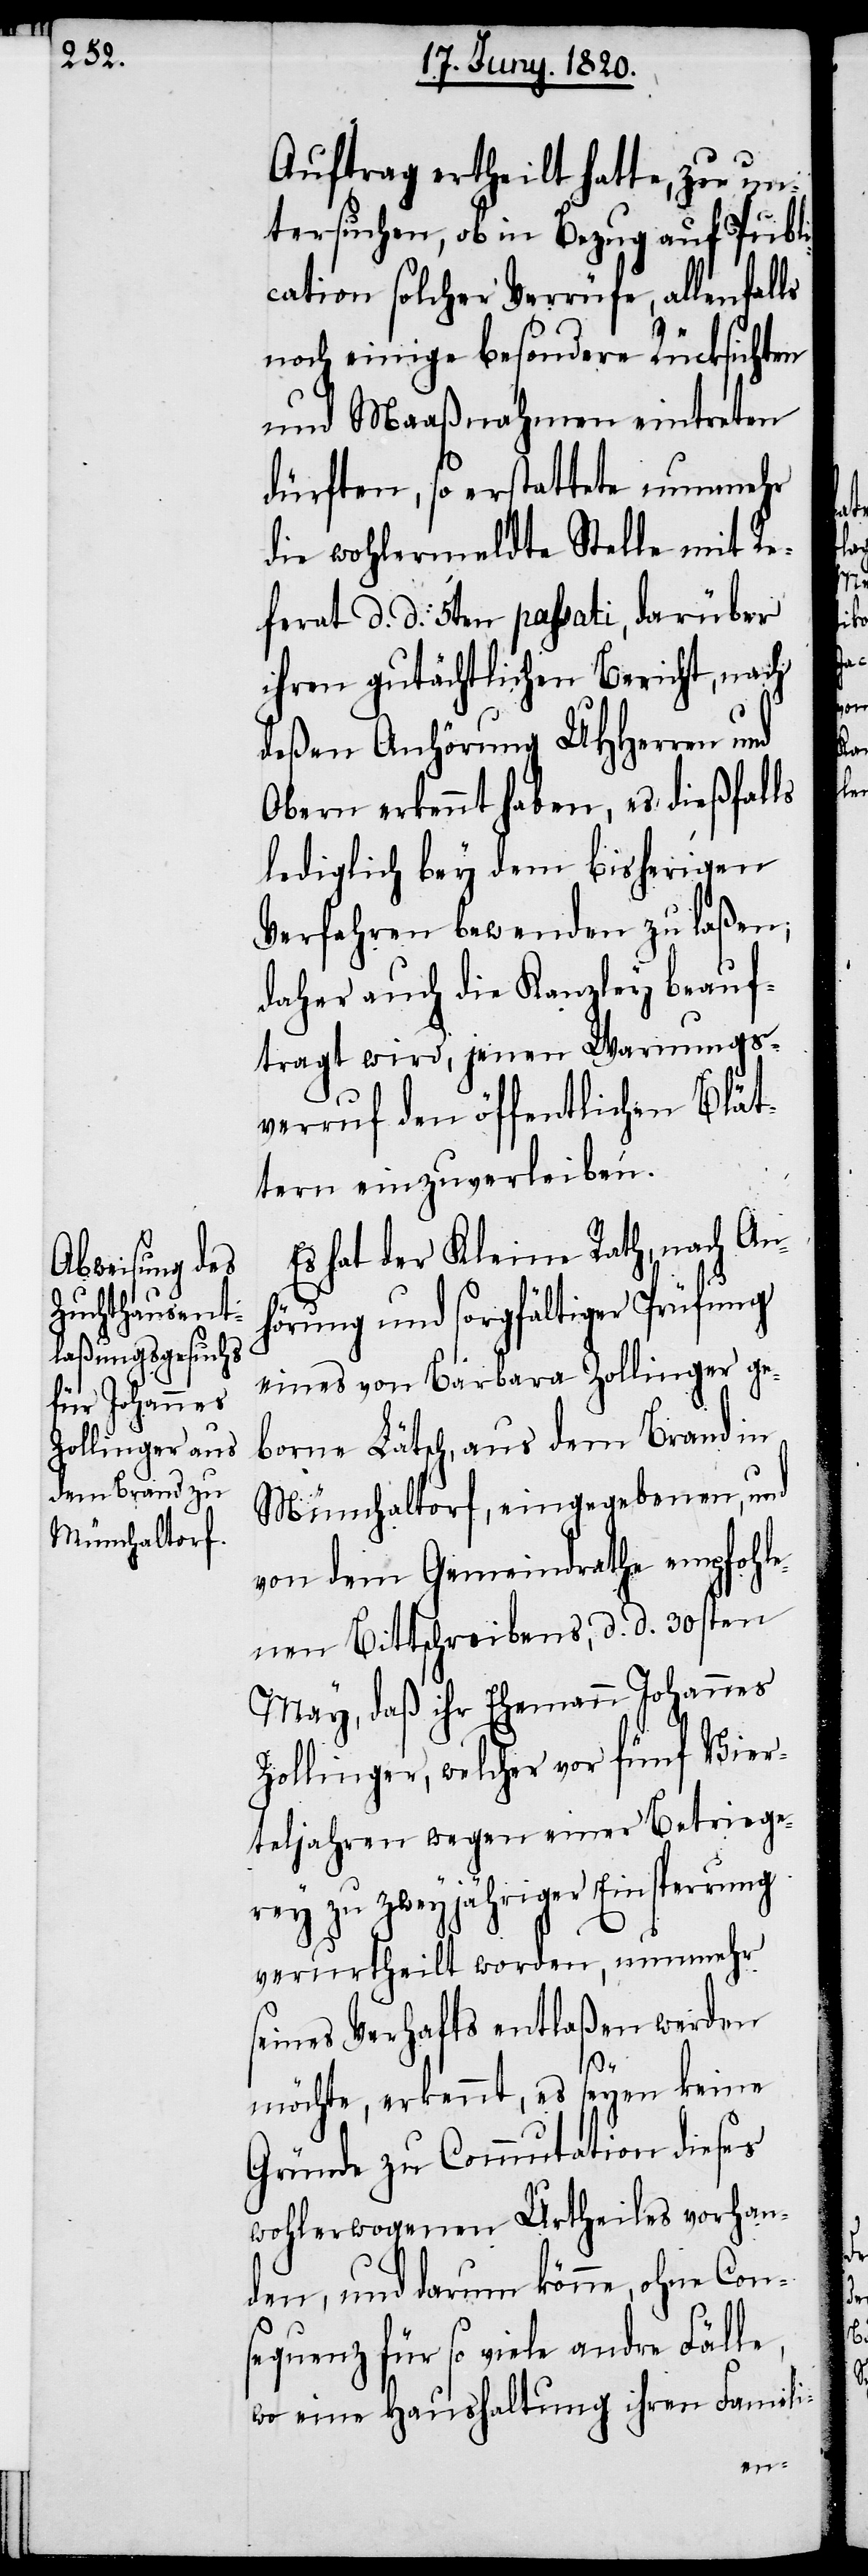
Auftrag ertheilt hatte, zu un¬
tersuchen, ob in Bezug auf Publi¬
cation solcher Verrüfe, allenfalls
noch einige besondere Rücksichten
und Maaßnahmen eintreten
dürften, so erstattete nunmehr
die wohlermeldte Stelle mit Re¬
ferat d. d. 5ten passati, darüber
ihren gutächtlichen Bericht, nach
deßen Anhörung UHherren und
Obern erkennt haben, es dießfalls
lediglich bei dem bisherigen
Verfahren bewenden zu laßen,
daher auch die Kanzley beauf¬
tragt wird, jenen Warnungs¬
verruf den öffentlichen Blät¬
tern einzuverleiben.
Es hat der Kleine Rath, nach An¬
hörung und sorgfältiger Prüfung
eines von Barbara Zollinger ge¬
borne Lätsch, aus dem Brand in
Münchaltorf, eingegebenen, und
von dem Gemeindrathe empfohle¬
nen Bittschreibens, d. d. 30sten
May, daß ihr Ehemann Johannes
Zollinger, welche vor fünf Vier¬
teljahren wegen einer Betriege¬
rey zu zweyjähriger Einsperrung
verurtheilt worden, nunmehr
seines Verhafts entlaßen werden
möchte, erkennt, es seyen keine
Gründe zu Commutation dieses
wohlerwogenen Urtheiles vorhan¬
den, und darum könne, ohne Cons¬
equenz für so viele andere Fälle,
wo eine Haushaltung ihren Famili-